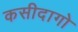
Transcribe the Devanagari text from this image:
कसीदागो